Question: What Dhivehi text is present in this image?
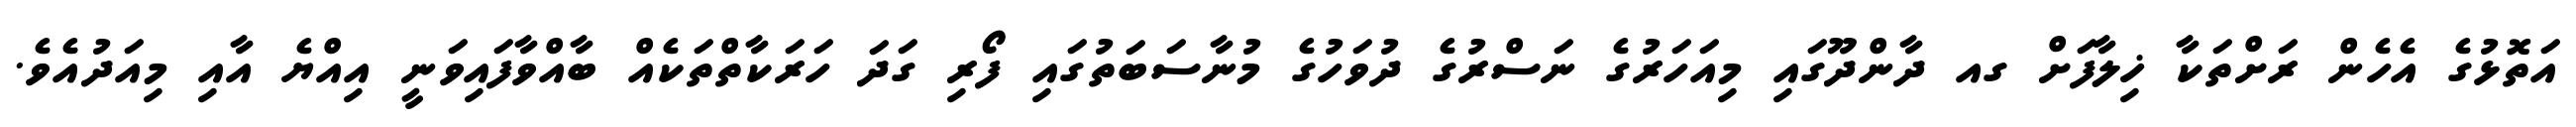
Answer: އަތޮޅުގެ އެހެން ރަށްތަކާ ޚިލާފަށް ގއ ދާންދޫގައި މިއަހަރުގެ ނަސްރުގެ ދުވަހުގެ މުނާސަބަތުގައި ފޯރި ގަދަ ހަރަކާތްތަކެއް ބާއްވާފައިވަނީ އިއްޔެ އާއި މިއަދުއެވެ.